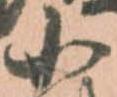
小